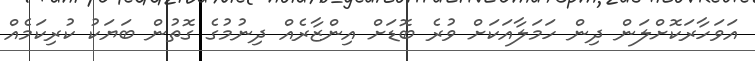
އަވަހާރަކޮށްލަން ދިން ހަމަލާއަކަށް ވުރެ ބޮޑަށް އިންޒާރެއް ދިނުމުގެ ގޮތުން ބަޔަކު ކުރިކަމެއް